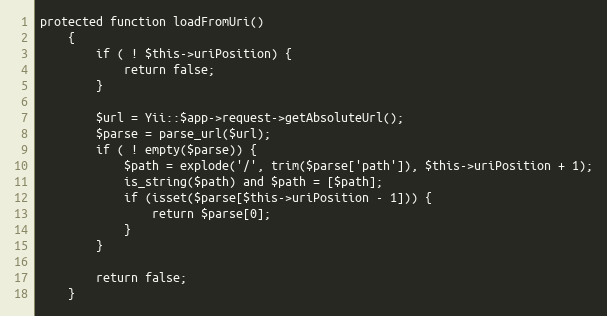
Language: PHP
protected function loadFromUri()
    {
        if ( ! $this->uriPosition) {
            return false;
        }

        $url = Yii::$app->request->getAbsoluteUrl();
        $parse = parse_url($url);
        if ( ! empty($parse)) {
            $path = explode('/', trim($parse['path']), $this->uriPosition + 1);
            is_string($path) and $path = [$path];
            if (isset($parse[$this->uriPosition - 1])) {
                return $parse[0];
            }
        }

        return false;
    }